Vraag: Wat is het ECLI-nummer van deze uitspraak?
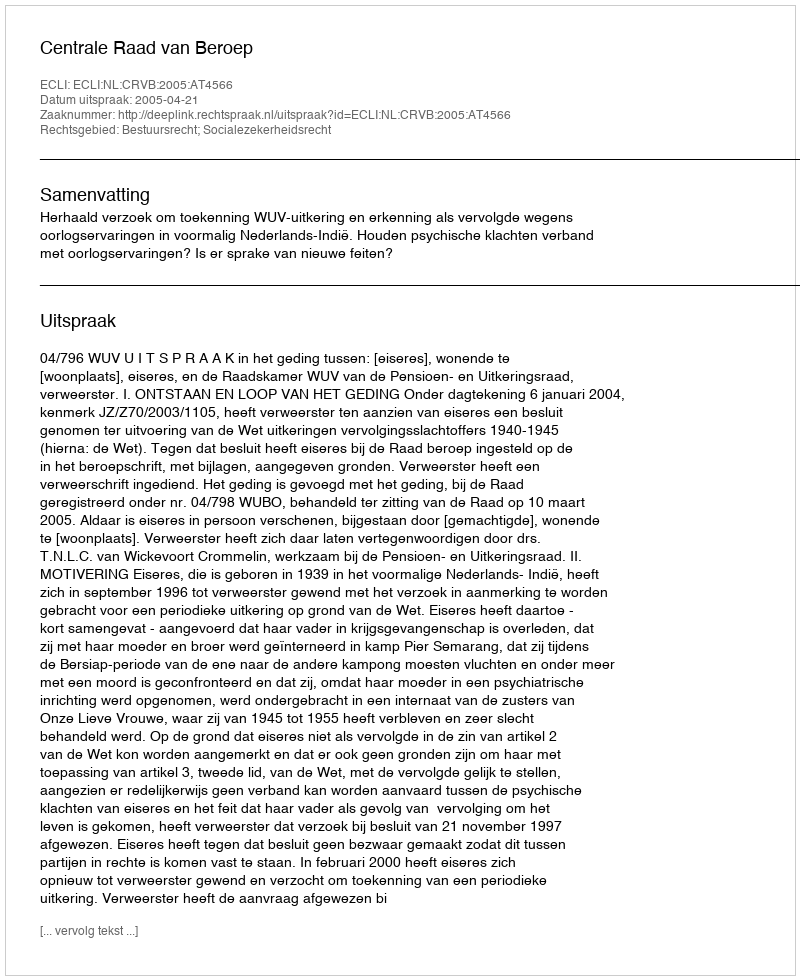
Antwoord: ECLI:NL:CRVB:2005:AT4566